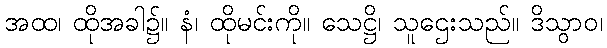
အထ၊ ထိုအခါ၌။ နံ၊ ထိုမင်းကို။ သေဋ္ဌိ၊ သူဌေးသည်။ ဒိသွာဝ၊